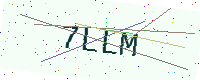
Text: 7LLM